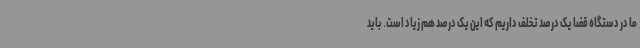
ما در دستگاه قضا یک درصد تخلف داریم که این یک درصد هم زیاد است. باید